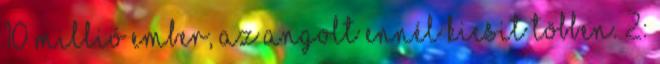
10 millió ember, az angolt ennél kicsit többen. 2: